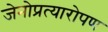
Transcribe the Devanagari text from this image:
जेनोप्रत्यारोपण